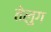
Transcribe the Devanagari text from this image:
तेलुग